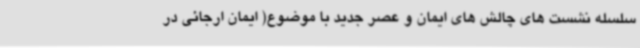
سلسله نشست های چالش های ایمان و عصر جدید با موضوع( ایمان ارجائی در